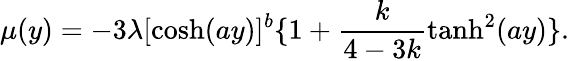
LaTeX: \mu(y)=-3\lambda[\cosh(ay)]^{b}\{ 1+\frac{k}{4-3k}\operatorname{tanh}^{2}(ay)\} .